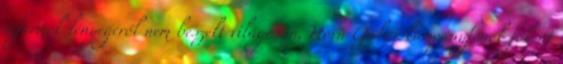
reformok lényegéről nem beszélt világosan, Horn Gábor kampányfőnök főként